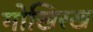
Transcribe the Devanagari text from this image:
गोखिरख